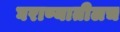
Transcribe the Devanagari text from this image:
घराण्यातीलच